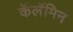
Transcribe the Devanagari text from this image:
कॅलॅमिन